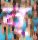
ব্